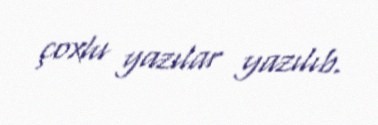
çoxlu yazılar yazılıb.